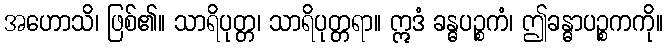
အဟောသိ၊ ဖြစ်၏။ သာရိပုတ္တ၊ သာရိပုတ္တရာ။ ဣဒံ ခန္ဓပဉ္စကံ၊ ဤခန္ဓာပဉ္စကကို။